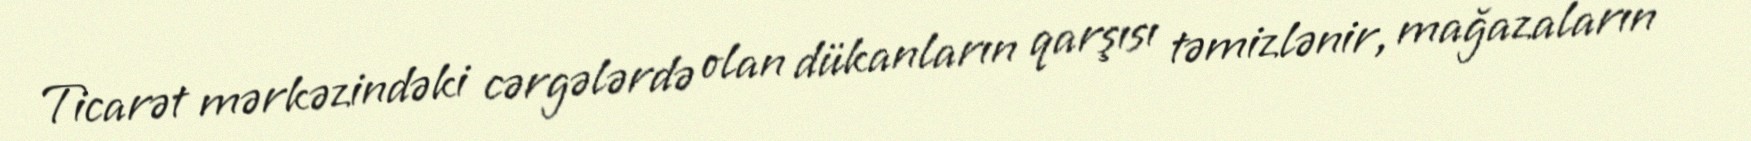
Ticarət mərkəzindəki cərgələrdə olan dükanların qarşısı təmizlənir, mağazaların